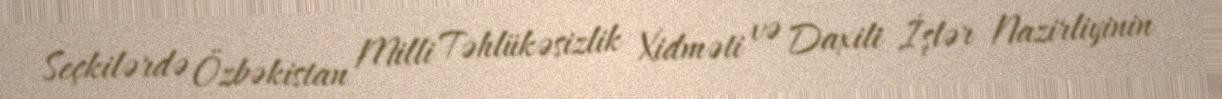
Seçkilərdə Özbəkistan Milli Təhlükəsizlik Xidməti və Daxili İşlər Nazirliyinin